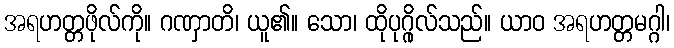
အရဟတ္တဖိုလ်ကို။ ဂဏှာတိ၊ ယူ၏။ သော၊ ထိုပုဂ္ဂိုလ်သည်။ ယာဝ အရဟတ္တမဂ္ဂါ၊